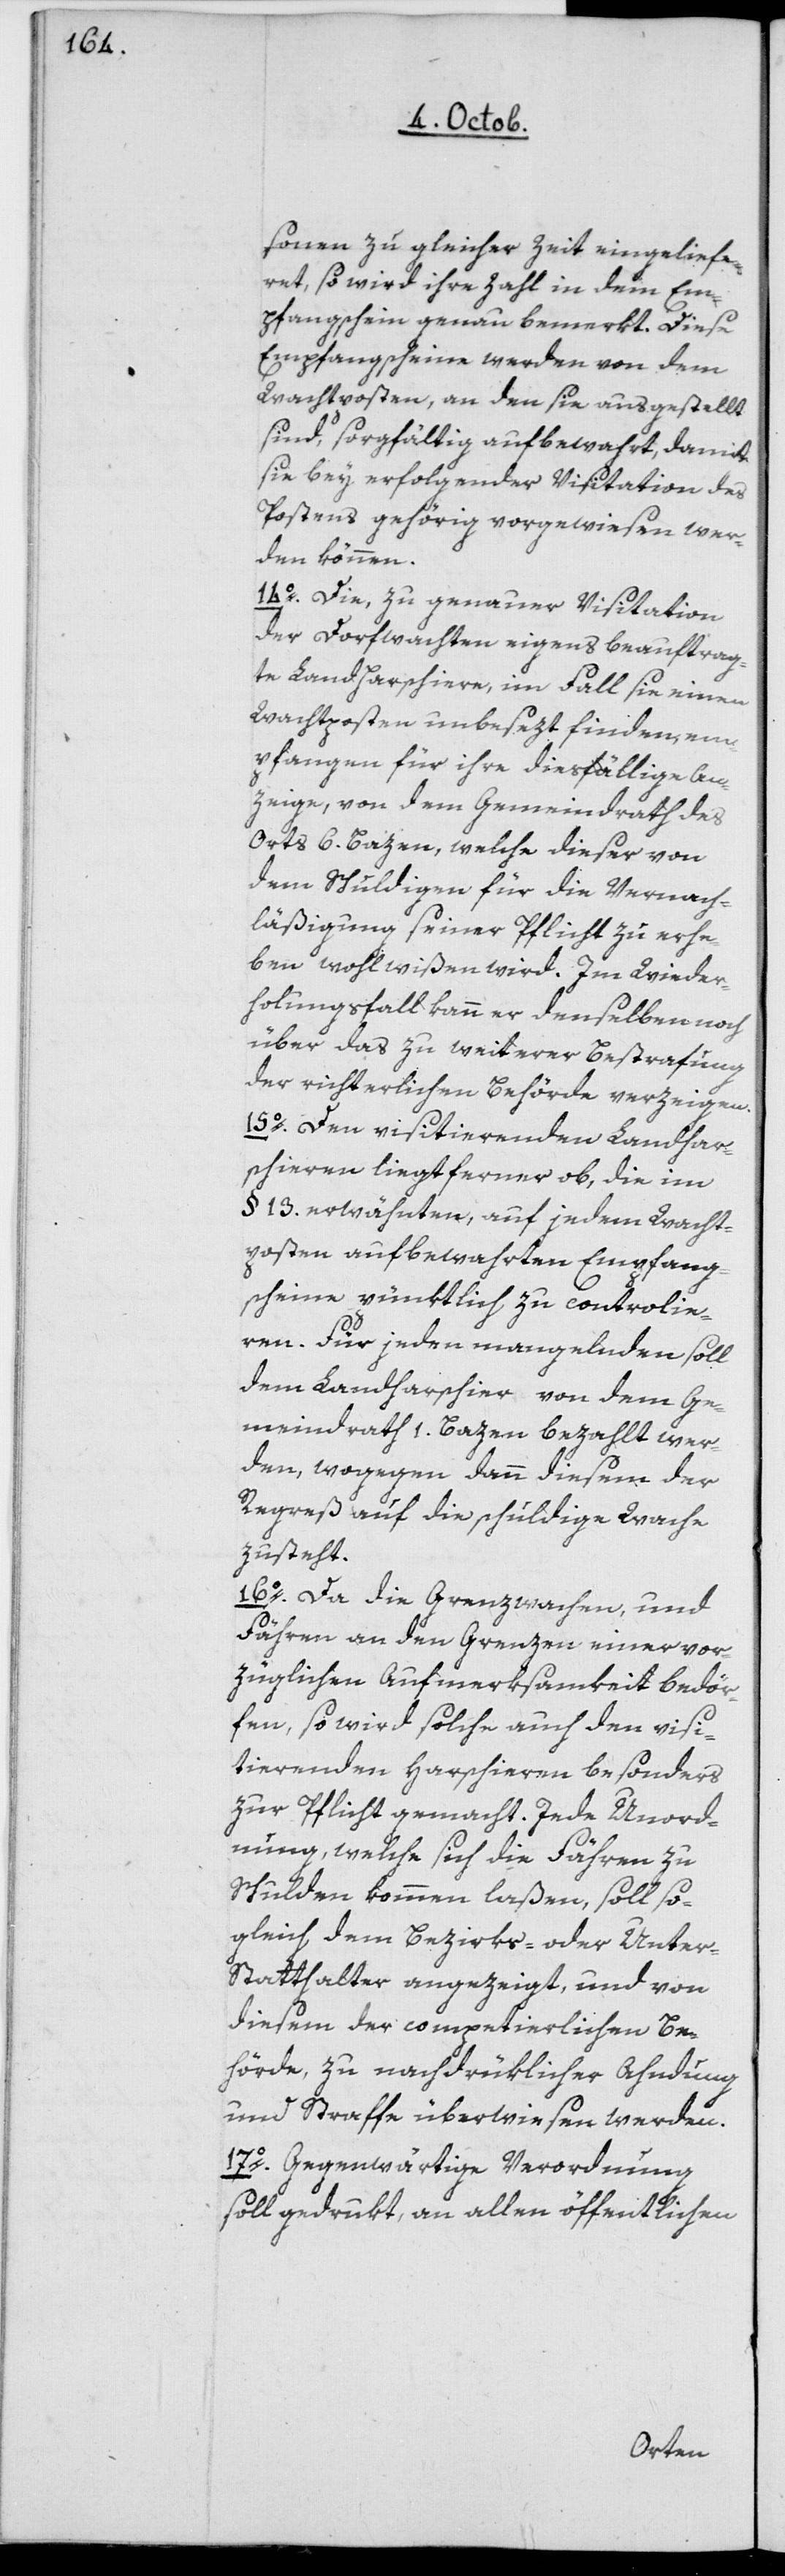
sonen zu gleicher Zeit eingeliefe¬
ret, so wird ihre Zahl in dem Em¬
pfangschein genau bemerkt. Diese
Empfangscheine werden von dem
Wachtposten, an den sie ausgestellt
sind, sorgfältig aufbewahrt, damit
sie bey erfolgender Visitation des
Postens gehörig vorgewiesen wer¬
den können.
14o Die, zur genauen Visitation
der Dorfwachten eigens beauftrag¬
ten Landharschiere, im Fall sie einen
Wachtposten unbesezt finden, em¬
pfangen für ihre dießfällige An¬
zeige, von dem Gemeindrath des
Orts 6 Bazen, welche dieser von
dem Schuldigen für die Vernach¬
läßigung seiner Pflicht zu erhe¬
ben wohl wißen wird. Im Wieder¬
holungsfall kann er demselben noch
über das zu weiterer Bestrafung
der richterlichen Behörde verzeigen.
15o Dem visitierenden Landhar¬
schieren liegt ferner ob, die im
§ 13 erwähnten, auf jedem Wacht¬
posten aufbewahrten Empfang¬
scheine pünktlich zu controlie¬
ren. Für jeden mangelnden soll
dem Landharschier von dem Ge¬
meindrath 1 Bazen bezahlt wer¬
den, wogegen dann diesem der
Regreß auf die schuldige Wache
zusteht.
16o Da die Grenzwachen, und
Fähren an den Grenzen einer vor¬
züglichen Aufmerksamkeit bedör¬
fen, so wird solche auch den visi¬
tierenden Harschieren besonders
zur Pflicht gemacht. Jede Unord¬
nung, welche sich die Fähren zu
Schulden kommen laßen, soll so¬
gleich dem Bezirks- oder Unter¬
statthalter angezeigt und von
diesem der competierlichen Be¬
hörde, zu nachdrüklicher Ahndung
und Strafe überwiesen werden.
17o Gegenwärtige Verordnung
soll gedrukt, an allen öffentlichen